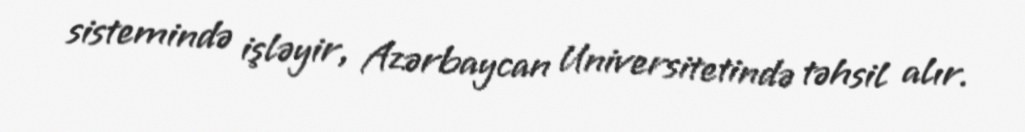
sistemində işləyir, Azərbaycan Universitetində təhsil alır.